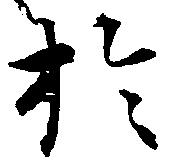
於